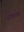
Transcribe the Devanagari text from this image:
नांगरतास